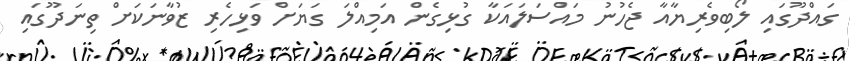
ގައްދޫގައި ލޯބިވެރިޔާއާ ޖެހުނު މައްސަލައަކާ ގުޅިގެން އަމިއްލަ ގަޔަށް ވަޅިހެރި ޒުވާނަކަށް ތިނަދޫގައި